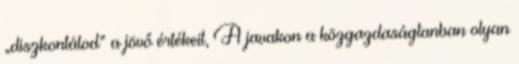
„diszkontálod” a jövő értékeit, A javakon a közgazdaságtanban olyan